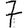
Digit: 7